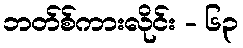
ဘတ်စ်ကားလိုင်း - ၆၃